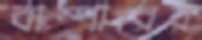
বাম্পারের